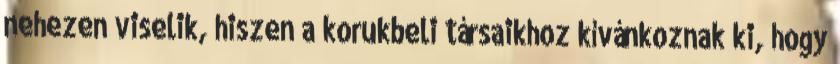
nehezen viselik, hiszen a korukbeli társaikhoz kívánkoznak ki, hogy